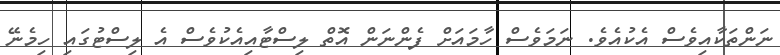
ނަންތަކާއިވެސް އެކުއެވެ. ނަމަވެސް ހާމައަށް ފެންނަން އޮތް ލިސްޓާއިއެކުވެސް އެ ލިސްޓުގައި ހިމެނޭ